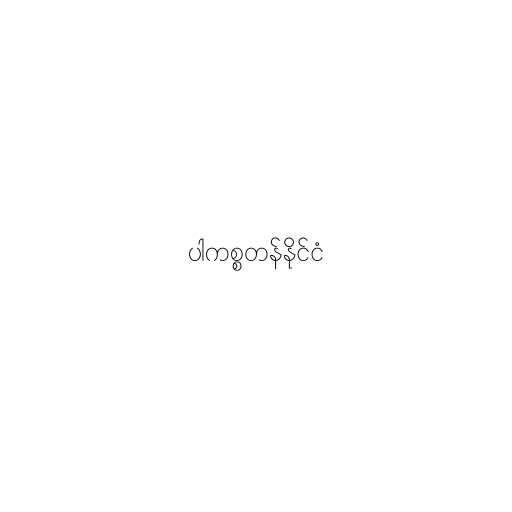
ပါကစ္စတန်နိုင်ငံ